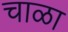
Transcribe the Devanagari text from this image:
चाळा